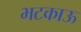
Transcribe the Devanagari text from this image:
भटकाऊ